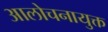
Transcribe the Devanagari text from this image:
आलोचनायुक्त